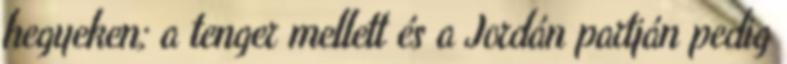
hegyeken; a tenger mellett és a Jordán partján pedig